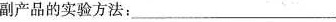
副产品的实验方法：___